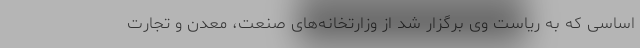
اساسی که به ریاست وی برگزار شد از وزارتخانه‌های صنعت، معدن و تجارت